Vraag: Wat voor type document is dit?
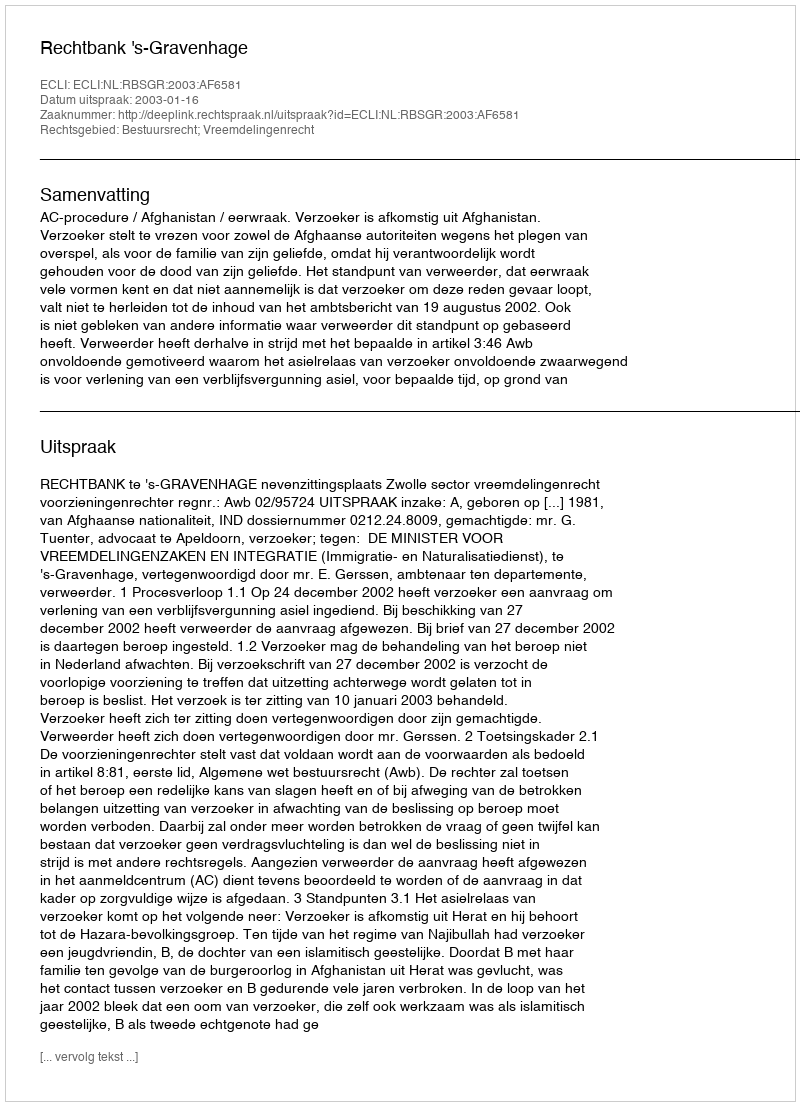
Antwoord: Uitspraak